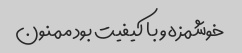
خوشمزه و با کیفیت بود ممنون